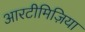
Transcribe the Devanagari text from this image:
आरटीमिज़िया